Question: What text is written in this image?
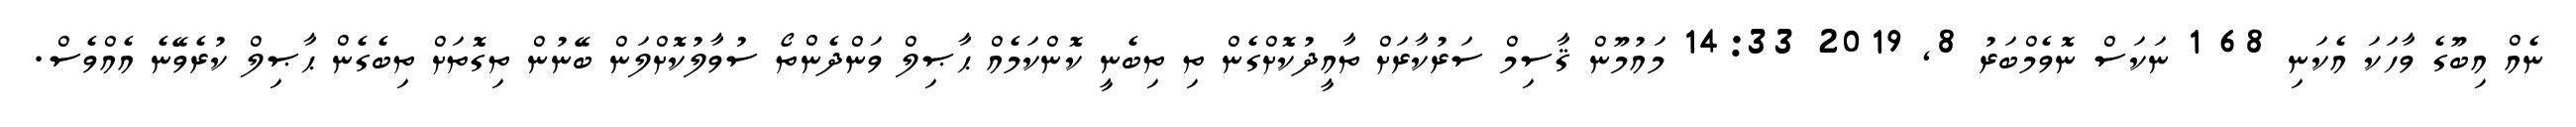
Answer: ނެއް އިބޫގެ ވާހަކަ އެކަނި 68 1 ނަކަސް ނޮވެމްބަރު 8, 2019 14:33 މައުމޫން ޤާސިމް ސަރުކާރަށް ތާއީދުކޮށްގެން ތި ތިބެނީ ކޮންކަމެއް ޙާޞިލް ވަންދެންތޯ ސުވާލުކޮށްލަން ބޭނުން ތިގޮތަށް ތިބެގެން ޙާޞިލް ކުރެވޭނެ އެއްވެސް.